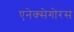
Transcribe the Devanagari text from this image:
एनेक्सेगोरस